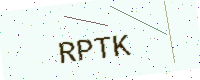
Text: RPTK